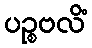
ပဉ္စဗလိံ